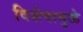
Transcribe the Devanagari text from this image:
विशेषामुळे